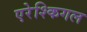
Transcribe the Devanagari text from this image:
एरेश्किगल